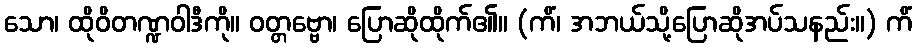
သော၊ ထိုဝိတဏ္ဍဝါဒီကို။ ဝတ္တဗ္ဗော၊ ပြောဆိုထိုက်၏။ (ကိံ၊ အဘယ်သို့ပြောဆိုအပ်သနည်း။) ကိံ